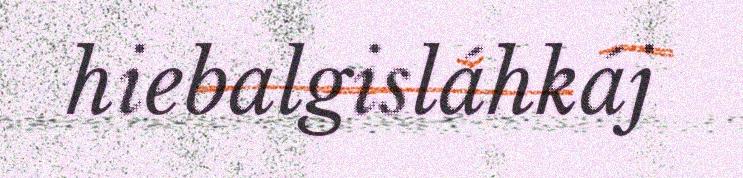
hiebalgisláhkáj